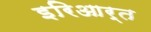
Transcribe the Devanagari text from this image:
इरिआर्त